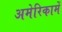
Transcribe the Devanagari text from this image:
अमेरिकामें